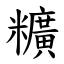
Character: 䊯